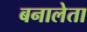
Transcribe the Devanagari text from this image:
बनालेता